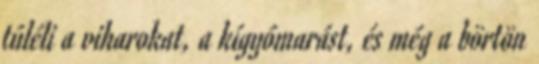
túléli a viharokat, a kígyómarást, és még a börtön